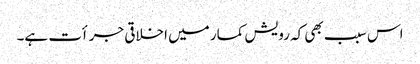
اس سبب بھی کہ رویش کمار میں اخلاقی جرأت ہے۔